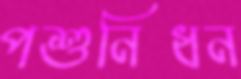
পশুনিধন